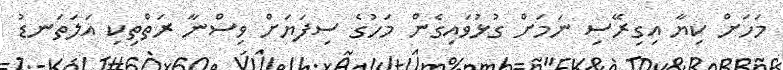
މަހަށް ކިޔާ އިގިރޭސި ނަމަށް ގުޅުވައިގެން މަހުގެ ސިފަޔަށް ވިސްނާ ރަތްތިކި އަލަތަނޑު